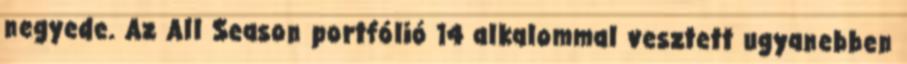
negyede. Az All Season portfólió 14 alkalommal vesztett ugyanebben